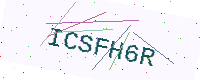
Text: ICSFH6R